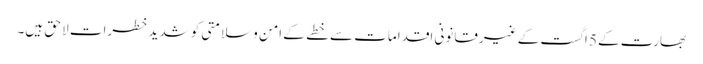
بھارت کے5 اگست کے غیرقانونی اقدامات سے خطے کے امن وسلامتی کوشدید خطرات لا حق ہیں۔